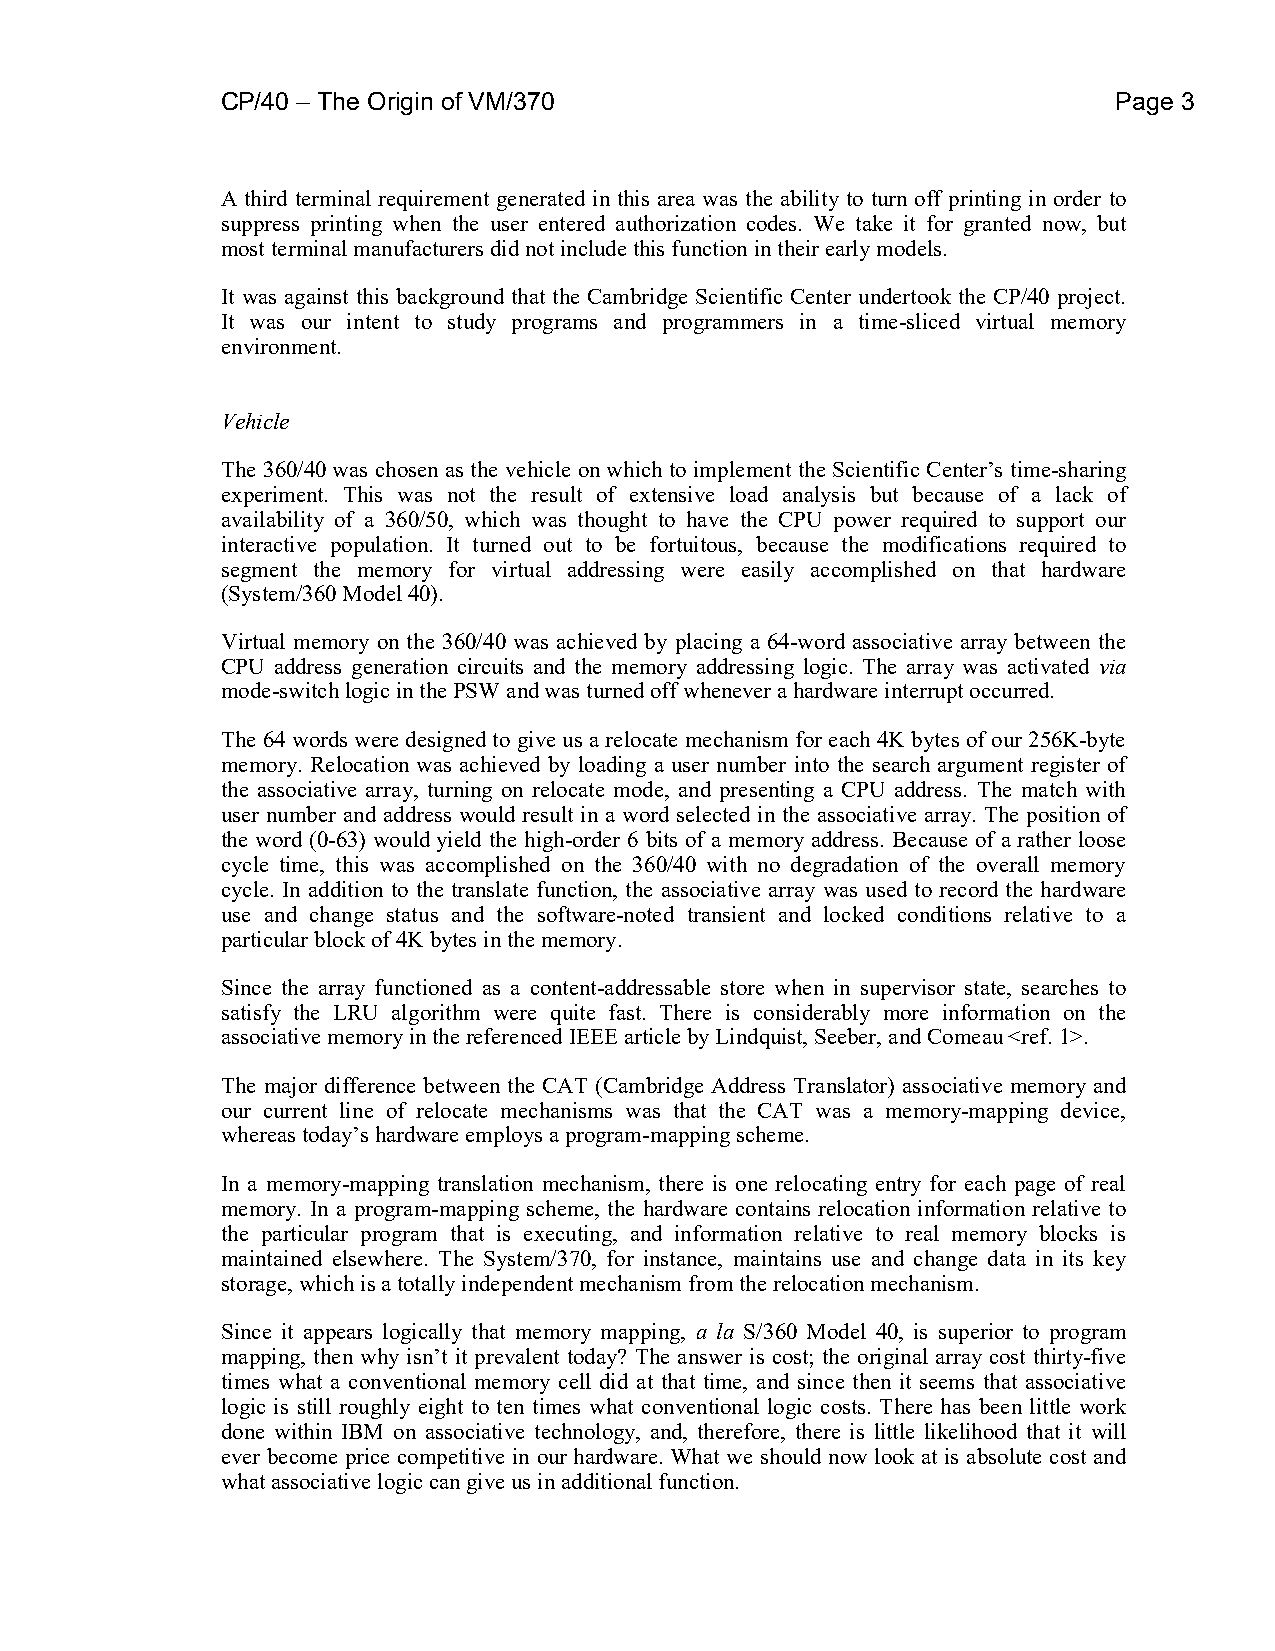
CP/40 – The Origin of VM/370                               Page 3
 A third terminal requirement generated in this area was the ability to turn off printing in order to
 suppress printing when the user entered authorization codes. We take it for granted now, but
 most terminal manufacturers did not include this function in their early models.
 It was against this background that the Cambridge Scientific Center undertook the CP/40 project.
 It was our intent to study programs and programmers in a time-sliced virtual memory
 environment.
 Vehicle
 The 360/40 was chosen as the vehicle on which to implement the Scientific Center’s time-sharing
 experiment. This was not the result of extensive load analysis but because of a lack of
 availability of a 360/50, which was thought to have the CPU power required to support our
 interactive population. It turned out to be fortuitous, because the modifications required to
 segment the memory for virtual addressing were easily accomplished on that hardware
 (System/360 Model 40).
 Virtual memory on the 360/40 was achieved by placing a 64-word associative array between the
 CPU address generation circuits and the memory addressing logic. The array was activated via
 mode-switch logic in the PSW and was turned off whenever a hardware interrupt occurred.
 The 64 words were designed to give us a relocate mechanism for each 4K bytes of our 256K-byte
 memory. Relocation was achieved by loading a user number into the search argument register of
 the associative array, turning on relocate mode, and presenting a CPU address. The match with
 user number and address would result in a word selected in the associative array. The position of
 the word (0-63) would yield the high-order 6 bits of a memory address. Because of a rather loose
 cycle time, this was accomplished on the 360/40 with no degradation of the overall memory
 cycle. In addition to the translate function, the associative array was used to record the hardware
 use and change status and the software-noted transient and locked conditions relative to a
 particular block of 4K bytes in the memory.
 Since the array functioned as a content-addressable store when in supervisor state, searches to
 satisfy the LRU algorithm were quite fast. There is considerably more information on the
 associative memory in the referenced IEEE article by Lindquist, Seeber, and Comeau <ref. 1>.
 The major difference between the CAT (Cambridge Address Translator) associative memory and
 our current line of relocate mechanisms was that the CAT was a memory-mapping device,
 whereas today’s hardware employs a program-mapping scheme.
 In a memory-mapping translation mechanism, there is one relocating entry for each page of real
 memory. In a program-mapping scheme, the hardware contains relocation information relative to
 the particular program that is executing, and information relative to real memory blocks is
 maintained elsewhere. The System/370, for instance, maintains use and change data in its key
 storage, which is a totally independent mechanism from the relocation mechanism.
 Since it appears logically that memory mapping, a la S/360 Model 40, is superior to program
 mapping, then why isn’t it prevalent today? The answer is cost; the original array cost thirty-five
 times what a conventional memory cell did at that time, and since then it seems that associative
 logic is still roughly eight to ten times what conventional logic costs. There has been little work
 done within IBM on associative technology, and, therefore, there is little likelihood that it will
 ever become price competitive in our hardware. What we should now look at is absolute cost and
 what associative logic can give us in additional function.